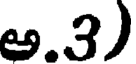
అ.3)